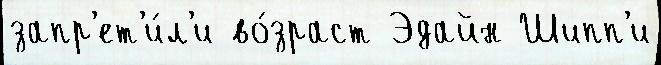
запр'ет'и́л'и во́зраст Эдайн Шипп'и